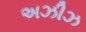
અઝીઝ